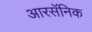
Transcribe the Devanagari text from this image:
आरसॅनिक